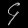
Digit: ၄